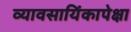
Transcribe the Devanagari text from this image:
व्यावसायिंकापेक्षा